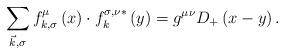
LaTeX: \begin{align*}\sum\limits_{\vec{k},\sigma }f_{k,\sigma }^\mu \left(x\right)\cdot f_k^{\sigma,\nu *}\left(y\right) =g^{\mu \nu }D_{+}\left(x-y\right).\end{align*}